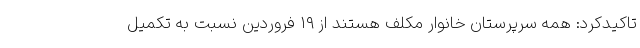
تاکیدکرد: همه سرپرستان خانوار مکلف هستند از ۱۹ فروردین نسبت به تکمیل